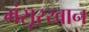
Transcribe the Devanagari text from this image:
मंसूरखान